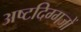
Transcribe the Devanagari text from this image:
अष्टदिग्गजों